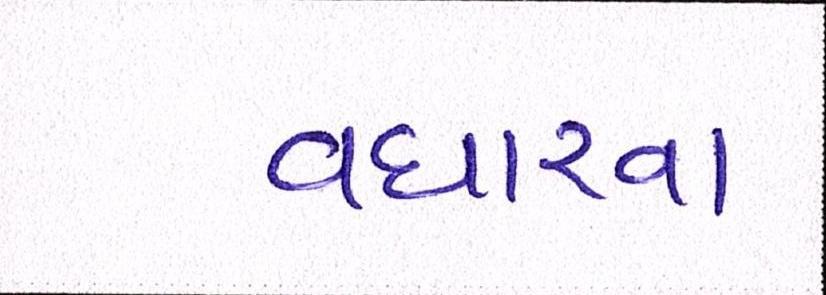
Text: વધારવા